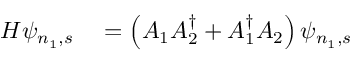
\begin{array} { r l } { H \psi _ { n _ { 1 } , s } } & { { } = \left( A _ { 1 } A _ { 2 } ^ { \dagger } + A _ { 1 } ^ { \dagger } A _ { 2 } \right) \psi _ { n _ { 1 } , s } } \end{array}